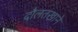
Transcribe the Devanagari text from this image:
दौलतखाने